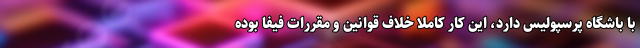
با باشگاه پرسپولیس دارد، این کار کاملا خلاف قوانین و مقررات فیفا بوده